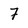
Character: 7